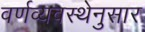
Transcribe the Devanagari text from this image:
वर्णव्यवस्थेनुसार